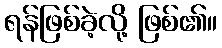
ရန်ဖြစ်ခဲ့လို့ ဖြစ်၏။